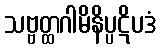
သဗ္ဗတ္ထဂါမိနိပ္ပဋိပဒံ